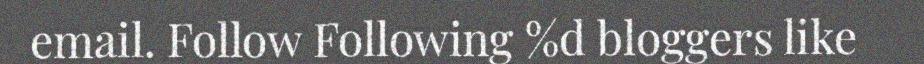
email. Follow Following %d bloggers like